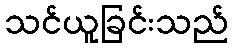
သင်ယူခြင်းသည်